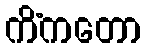
ကိံကတော